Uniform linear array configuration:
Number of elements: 64
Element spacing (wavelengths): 0.75
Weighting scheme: binomial
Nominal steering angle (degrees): -15
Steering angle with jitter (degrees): -16.709
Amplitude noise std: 0.05
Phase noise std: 0.05

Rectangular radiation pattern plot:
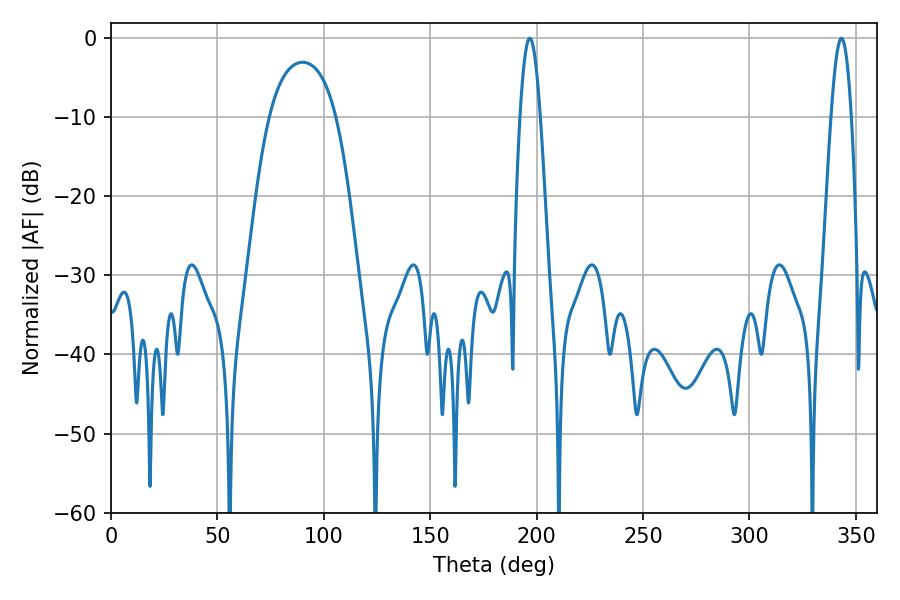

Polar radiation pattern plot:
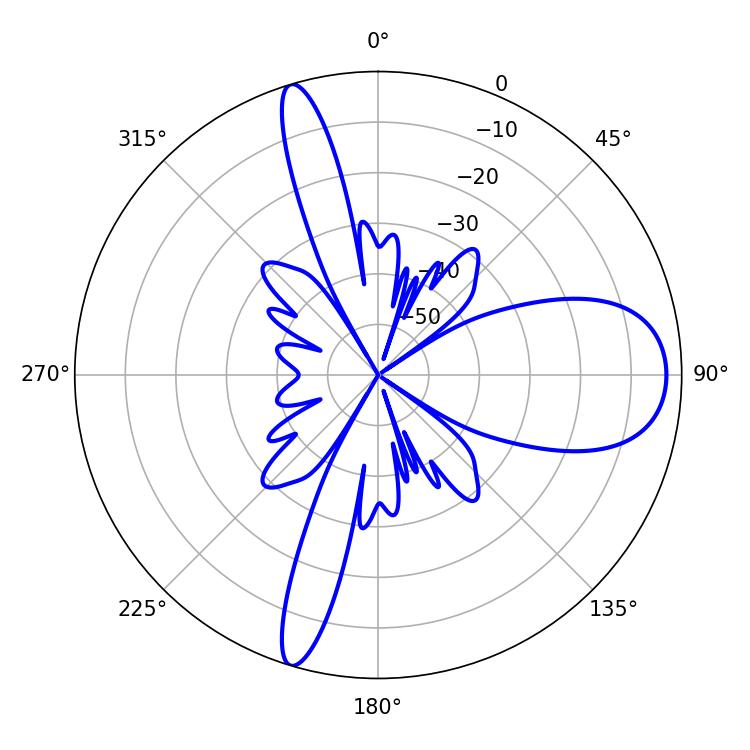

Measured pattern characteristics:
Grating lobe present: TRUE
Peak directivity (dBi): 11.657
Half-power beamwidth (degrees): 5.22
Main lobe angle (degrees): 196.74